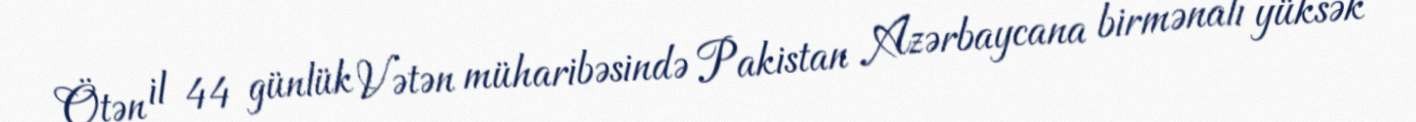
Ötən il 44 günlük Vətən müharibəsində Pakistan Azərbaycana birmənalı yüksək